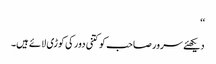
‘‘
دیکھئے سرور صاحب کو کتنی دور کی کوڑی لائے ہیں۔